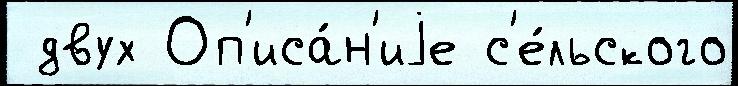
 двух Оп'иса́н'иjе с'е́льского